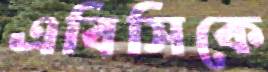
এবিসিকে